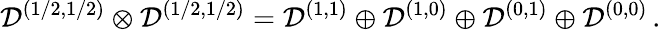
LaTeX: {\mathcal D}^{(1/2,1/2)}\otimes{\mathcal D}^{(1/2,1/2)}={\mathcal D}^{(1,1)}\oplus{\mathcal D}^{(1,0)}\oplus{\mathcal D}^{(0,1)}\oplus{\mathcal D}^{(0,0)}\, .